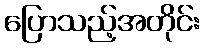
ပြောသည့်အတိုင်း